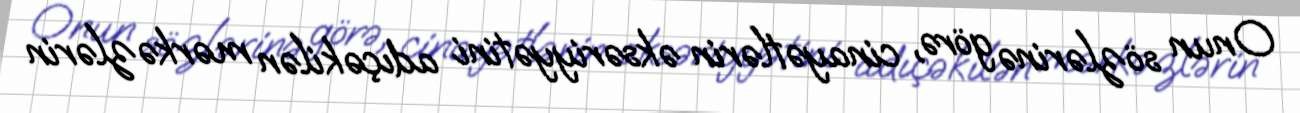
Onun sözlərinə görə, cinayətlərin əksəriyyətini adıçəkilən mərkəzlərin